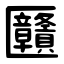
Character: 㔶